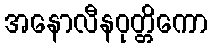
အနောလီနဝုတ္တိကော